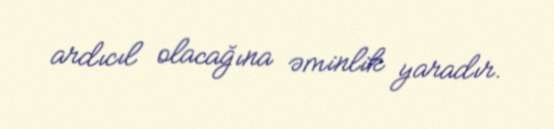
ardıcıl olacağına əminlik yaradır.